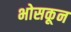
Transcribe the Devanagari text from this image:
भोसकून